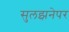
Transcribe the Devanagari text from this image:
सुलझनेपर